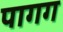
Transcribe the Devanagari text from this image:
पागग